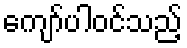
ကျော်ပါဝင်သည့်